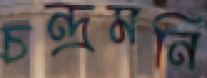
চন্দ্রমনি